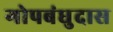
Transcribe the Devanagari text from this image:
गोपबंधुदास